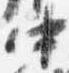
中